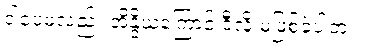
ဒါပေမဲ့လည်း အိန္ဒိယကြောင့် ဒီလို မဖြစ်ခဲ့ပါဘူး။